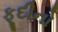
ફૂદીનો